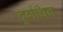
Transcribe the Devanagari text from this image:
दुर्गधित